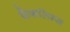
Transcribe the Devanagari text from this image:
फ्रैंकलिन्स